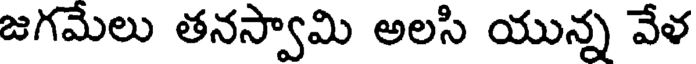
జగమేలు తనస్వామి అలసి యున్న వేళ